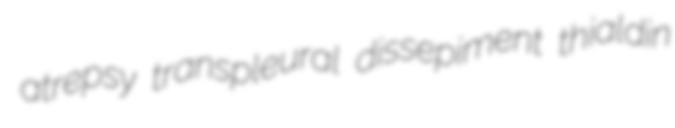
atrepsy transpleural dissepiment thialdin